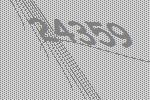
24359